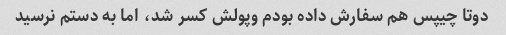
دوتا چیپس هم سفارش داده بودم وپولش کسر شد، اما به دستم نرسید